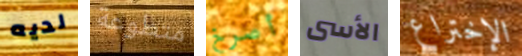
لديه متطوعة أصرخ الأسى الإختراع